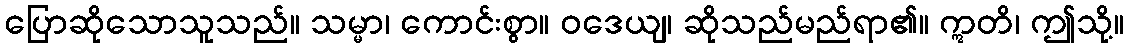
ပြောဆိုသောသူသည်။ သမ္မာ၊ ကောင်းစွာ။ ဝဒေယျ၊ ဆိုသည်မည်ရာ၏။ ဣတိ၊ ဤသို့။